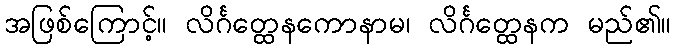
အဖြစ်ကြောင့်။ လိင်္ဂတ္ထေနကောနာမ၊ လိင်္ဂတ္ထေနက မည်၏။